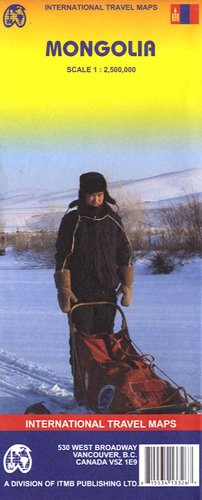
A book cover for Mongolia 1:2,500,000 Travel Map - ***2006 *** (International Travel Maps); ITM Canada; Travel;